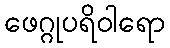
ဖေဂ္ဂုပရိဝါရော